Scottish Leaving Certificate Examination, 1952
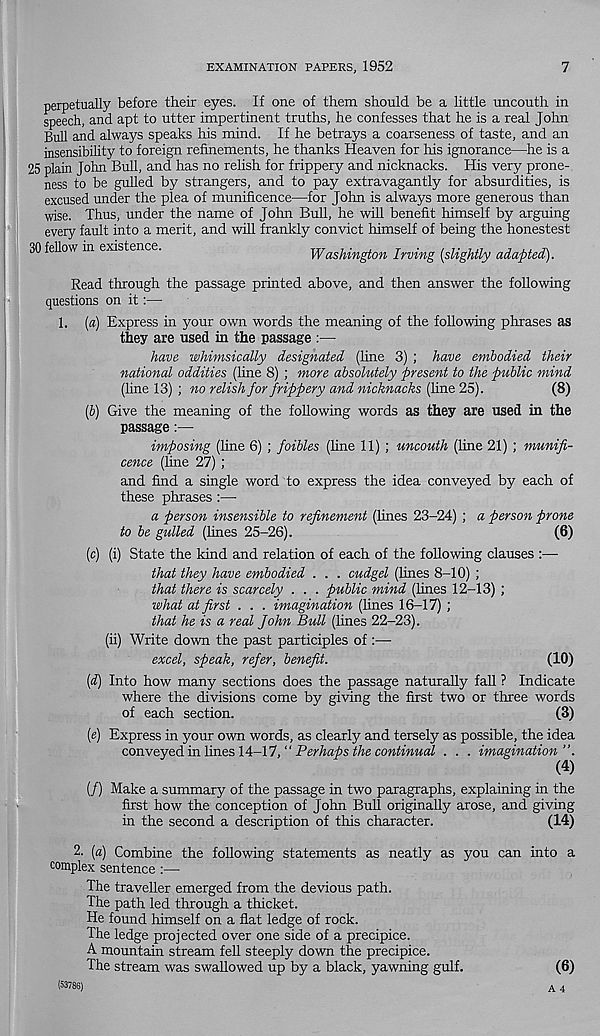
EXAMINATION PAPERS, 1952
7
perpetually before their eyes. If one of them should be a little uncouth in
speech, and apt to utter impertinent truths, he confesses that he is a real John
Bull and always speaks his mind. If he betrays a coarseness of taste, and an
insensibility to foreign refinements, he thanks Heaven for his ignorance—he is a
25 plain John Bull, and has no relish for frippery and nicknacks. His very prone-
ness to be gulled by strangers, and to pay extravagantly for absurdities, is
excused under the plea of munificence—for John is always more generous than
wise. Thus, under the name of John Bull, he will benefit himself by arguing
every fault into a merit, and will frankly convict himself of being the honestest
30 fellow in existence.
Washington Irving [slightly adapted).
Read through the passage printed above, and then answer the following
questions on it:—
1. [a) Express in your own words the meaning of the following phrases as
they are used in the passage :—
have whimsically designated (line 3) ; have embodied their
national oddities (fine 8) ; more absolutely present to the public mind
(line 13) ; no relish for frippery and nicknacks (fine 25).
(8)
[b] Give the meaning of the following words as they are used in the
passage:—
imposing (line 6) ; foibles (fine 11) ; uncouth (line 21) ; munifi-
cence (fine 27) ;
and find a single word to express the idea conveyed by each of
these phrases :—•
a person insensible to refinement (lines 23-24) ; a person prone
to be gulled (lines 25-26).
(6)
(c) (i) State the kind and relation of each of the following clauses :—
that they have embodied . . . cudgel (lines 8-10) ;
that there is scarcely . . . public mind (lines 12-13) ;
what at first . . . imagination (lines 16-17) ;
that he is a real John Bull (fines 22-23).
(ii) Write down the past participles of :—
excel, speak, refer, benefit.
(10)
[d] Into how many sections does the passage naturally fall ? Indicate
where the divisions come by giving the first two or three words
of each section.
(3)
(e) Express in your own words, as clearly and tersely as possible, the idea
comreyeAm.lm.eslA-lI,“ Perhaps the continual . . . imagination”.
(4)
(/) Make a summary of the passage in two paragraphs, explaining in the
first how the conception of John Bull originally arose, and giving
in the second a description of this character.
(14)
2. [a) Combine the following statements as neatly as
complex sentence:—
The traveller emerged from the devious path.
The path led through a thicket.
He found himself on a flat ledge of rock.
The ledge projected over one side of a precipice.
A mountain stream fell steeply down the precipice.
The stream was swallowed up by a black, yawning gulf.
(53786)
you can into a
(6)